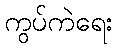
ကွပ်ကဲရေး